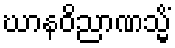
ဃာနဝိညာဏသ္မိံ